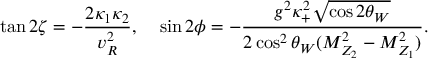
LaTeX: \tan { 2 \zeta } = - \frac { 2 \kappa _ { 1 } \kappa _ { 2 } } { v _ { R } ^ { 2 } } , \; \; \; \; \sin { 2 \phi } = - \frac { g ^ { 2 } \kappa _ { + } ^ { 2 } \sqrt { \cos { 2 \theta _ { W } } } } { 2 \cos ^ { 2 } { \theta _ { W } } ( M _ { Z _ { 2 } } ^ { 2 } - M _ { Z _ { 1 } } ^ { 2 } ) } .